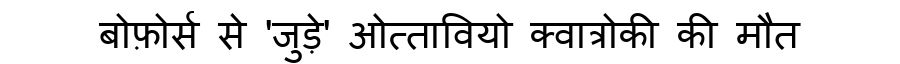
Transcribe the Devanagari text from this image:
बोफ़ोर्स से 'जुड़े' ओत्तावियो क्वात्रोकी की मौत